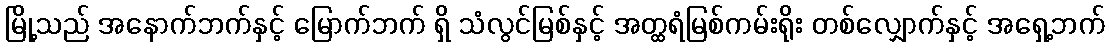
မြို့သည် အနောက်ဘက်နှင့် မြောက်ဘက် ရှိ သံလွင်မြစ်နှင့် အတ္ထရံမြစ်ကမ်းရိုး တစ်လျှောက်နှင့် အရှေ့ဘက်